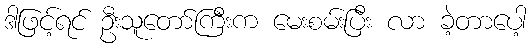
ဒါဖြင့်ရင် ဦးသူတော်ကြီးက မေးစမ်းပြီး လာ ခဲ့တာပေါ့